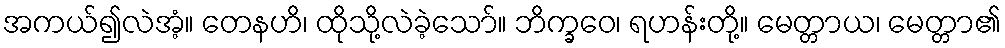
အကယ်၍လဲအံ့။ တေနဟိ၊ ထိုသို့လဲခဲ့သော်။ ဘိက္ခဝေ၊ ရဟန်းတို့။ မေတ္တာယ၊ မေတ္တာ၏